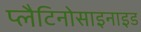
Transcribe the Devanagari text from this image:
प्लैटिनोसाइनाइड